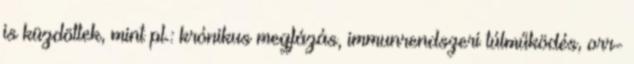
is küzdöttek, mint pl.: krónikus megfázás, immunrendszeri túlműködés, orr-